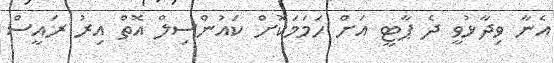
އެނާ ވިދާޅުވީ ދެ ޕާޓީ އަށް ހަމަމަކޮށް ކައުންސިލް އޮތް އިރު ރައީސް